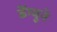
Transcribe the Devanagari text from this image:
डेंग्यूने